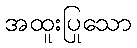
အထူးပြုသော